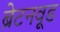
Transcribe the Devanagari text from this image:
ब्रेटनवूड